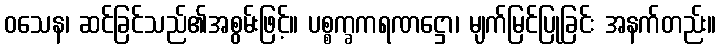
ဝသေန၊ ဆင်ခြင်သည်၏အစွမ်းဖြင့်။ ပစ္စက္ခကရဏဋ္ဌော၊ မျက်မြင်ပြုခြင်း အနက်တည်း။